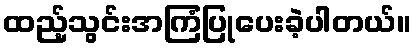
ထည့်သွင်းအကြံပြုပေးခဲ့ပါတယ်။